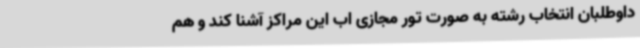
داوطلبان انتخاب رشته به صورت تور مجازی اب این مراکز آشنا کند و هم